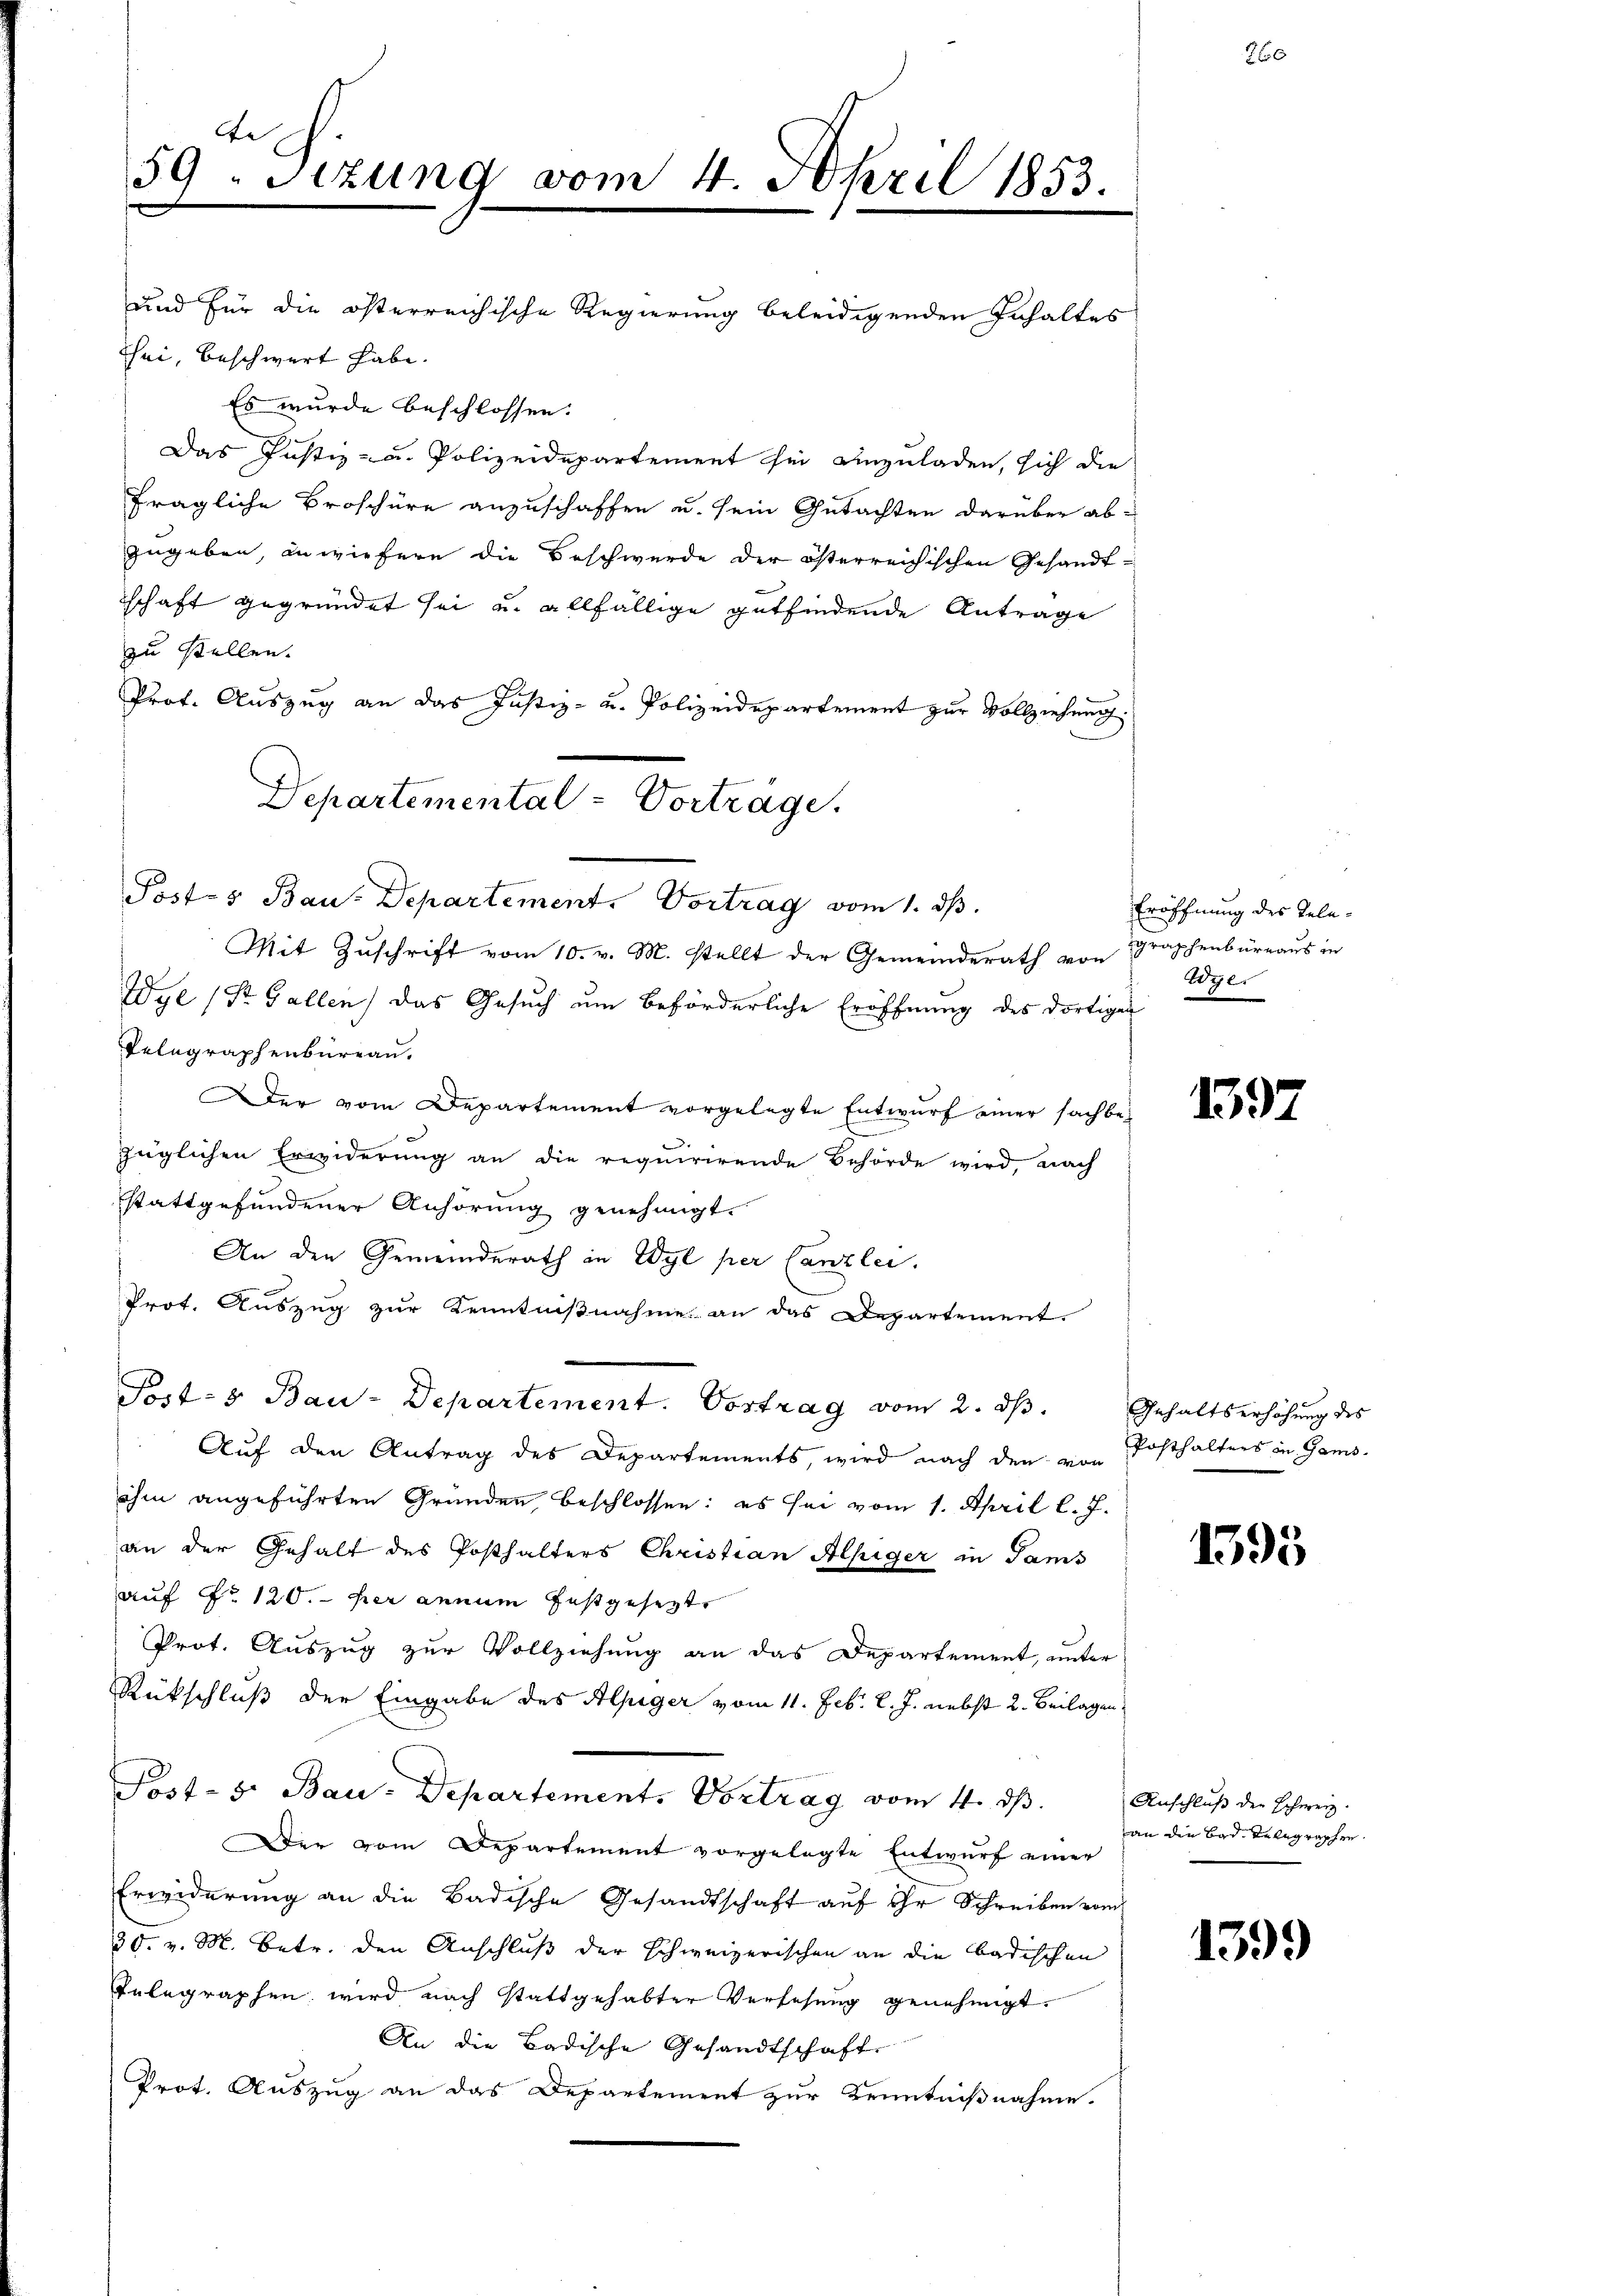
39. Sizung vom 4. April 1853.

und für die österreichische Regierung beleidigenden Inhaltes
Tei, beschwert habe.
Es wurde beschlossen:
Das Justiz- u. Polizeidepartement sei anzuladen, sich die
fragliche Broschüre anzuschaffen u. sein Gutachten darüber ab-
zugeben, unwiefern die Beschwerde der österreichischen Gesandt-
schaft gegründet sei u. allfällige gutfindende Antrage
zu stellen.
Prof. Auszug an das Justiz- u. Polizeidepartement zur Vollziehung.
Mit Zuschrift vom 10. v. M. stellt der Gemeinderath von Graphenbüreaus in
Wye (St. Gallen, das Gesuch um beförderliche Eröffnung des dortigen
Telegraphenbureau.
er vom Departement vorgelegte Entwurf einer sachbe-
züglichen Erwiderung an die requirirende Behörde wird, nach
stattgefundener Anhörung genehmigt.
An den Gemeinderath in Wyl per Canzlei.
Prot. Auszug zur Kenntnißnahme an das Departement.
Post- & Bau-Departement. Vortrag vom 2. ds.
Auf den Antrag des Departements, wird nach den von Posthalters in Gams-
ihm angeführten Gründen beschlossen: es sei vom 1. April l. J.
an der Gehalt des Posthalters Christian Alpiger in Sams
auf No 120. her annum festgesezt.
Prot. Auszug zur Vollziehung an das Departement, unter
Rückschluß der Eingabe des Alpiger vom 11. Febr. l. J. nebst 2. Beilagen,
Post- 5. Bau-Departement. Vortrag vom 4. ds.
Der vom Departement vorgelegte Entwurf einer
Erwiderung an die Badische Gesandtschaft auf ihr Schreiben vom
30. v. M. Betr. den Anschluß der schweizerischen an die badischen
Telegraphen wird nach stattgehabter Versehung genehmigt.
An die Badische Gesandtschaft
Prot. Auszug an das Departement zur Kenntnißnahme.

Departemental - Vorträge.
Posts Bau-Departement. Vortrag vom 1. ds.

Eröffnung des Tele¬
Wylr

1397

Gehaltserhöhung des

1595

Anschluß der Höherei.
an die Bad Delegraphen

1399